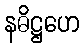
နဓိဋ္ဌဟေ